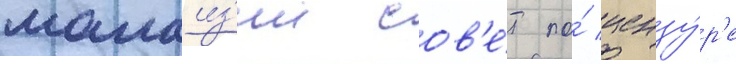
малаиз'ии сов'е́т по́ цензу́р'е